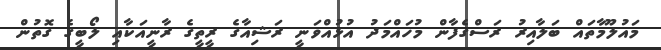
މައުލޫމާތައް ބަލާއިރު ރަސްގެފާން މުހައްމަދު އުޅުއްވަނީ ރަޝިއާގެ ރީތީގެ ރާނީއަކާއި ލޯބީގެ ގޮތުން